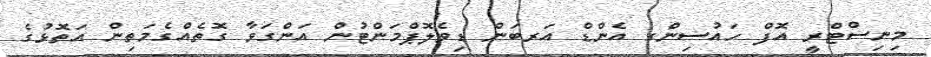
މިނިސްޓްރީ އޮފް ހައުސިންގ އެންޑް އަރބަން ޑިވެލޮޕްމަންޓުން އަންގަވާ ގޮތެއްގެމަތިން އަތޮޅުގެ